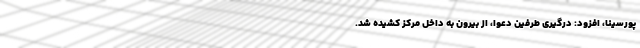
پورسینا، افزود: درگیری طرفین دعوا، از بیرون به داخل مرکز کشیده شد.